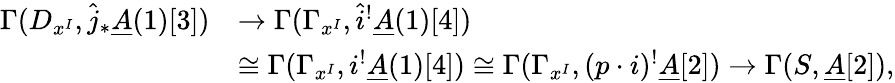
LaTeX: \begin{array}{rl}{\Gamma(D_{x^{I}},\hat{j}_{*}\underline{A}(1)[3])}&{\rightarrow\Gamma(\Gamma_{x^{I}},\hat{i}^{!}\underline{A}(1)[4])}\\ &{\cong\Gamma(\Gamma_{x^{I}},i^{!}\underline{A}(1)[4])\cong\Gamma(\Gamma_{x^{I}},(p\cdot i)^{!}\underline{A}[2])\rightarrow\Gamma(S,\underline{A}[2]),}\end{array}